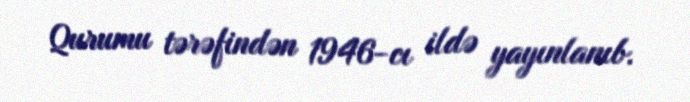
Qurumu tərəfindən 1946-cı ildə yayınlanıb.